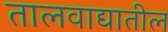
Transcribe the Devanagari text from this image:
तालवाद्यातील